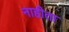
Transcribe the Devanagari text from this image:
नाहीता